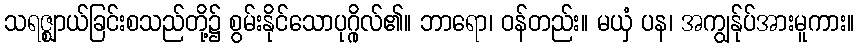
သရဇ္ဈာယ်ခြင်းစသည်တို့၌ စွမ်းနိုင်သောပုဂ္ဂိုလ်၏။ ဘာရော၊ ဝန်တည်း။ မယှံ ပန၊ အကျွန်ုပ်အားမူကား။